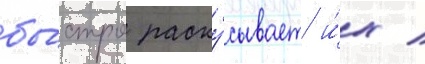
бы́стро раску́сывает и́х /